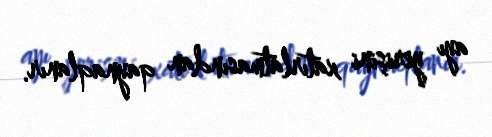
ayı yerişini xatırlatmasından qaynaqlanır.